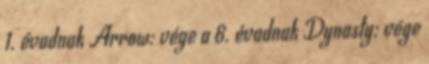
1. évadnak Arrow: vége a 6. évadnak Dynasty: vége